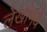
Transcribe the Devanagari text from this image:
लेखांमधे